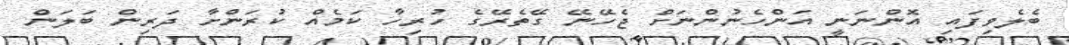
ބެލެވިފައި އޮންނަނީ އަންހެނުންނަށް ޖެހޭނޭ ގޭތެރޭގެ ހުރިހާ ކަމެއް ކުރަންށާ ދަރިން ބަލަން